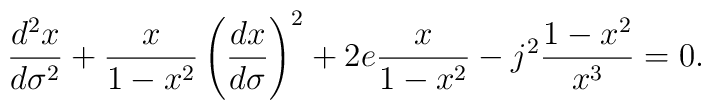
\frac{d^2x}{d\sigma^2}+\frac{x}{1-x^2}\left(\frac{dx}{d\sigma}\right)^2+2e\frac{x}{1-x^2}-j^2\frac{1-x^2}{x^3}=0.